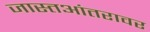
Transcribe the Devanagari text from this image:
जास्तआंतरावर